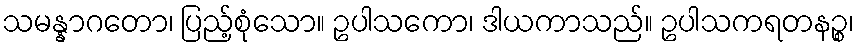
သမန္နာဂတော၊ ပြည့်စုံသော။ ဥပါသကော၊ ဒါယကာသည်။ ဥပါသကရတနဉ္စ၊